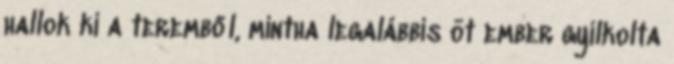
hallok ki a teremből, mintha legalábbis öt ember gyilkolta